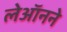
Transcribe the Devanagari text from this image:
लेऑनने